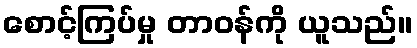
စောင့်ကြပ်မှု တာဝန်ကို ယူသည်။